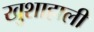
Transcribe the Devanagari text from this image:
खुशाहाली